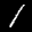
Label: 1